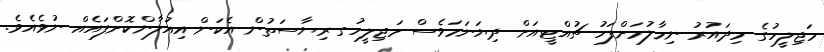
މަޖިލީހުގެ މިދައުރު ނިމާލުމަށްފަހު ޗުއްޓީއަށް ދިޔަނަމަވެސް މަޖިލީހުގ ރިޔާސަތުން އެކަން އިއުލާންކޮށްފައެއް ނުވެއެވެ.